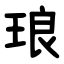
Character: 琅